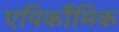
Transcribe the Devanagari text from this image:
एपिर्कोमिक